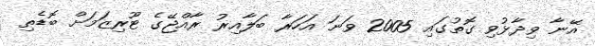
އޭނާ ވިދާޅުވި ގޮތުގައި 2005 ވަނަ އަހަރާ ބަލާއިރު ރާއްޖޭގެ ޓޫރިޒަމަށް ބޮޑެތި